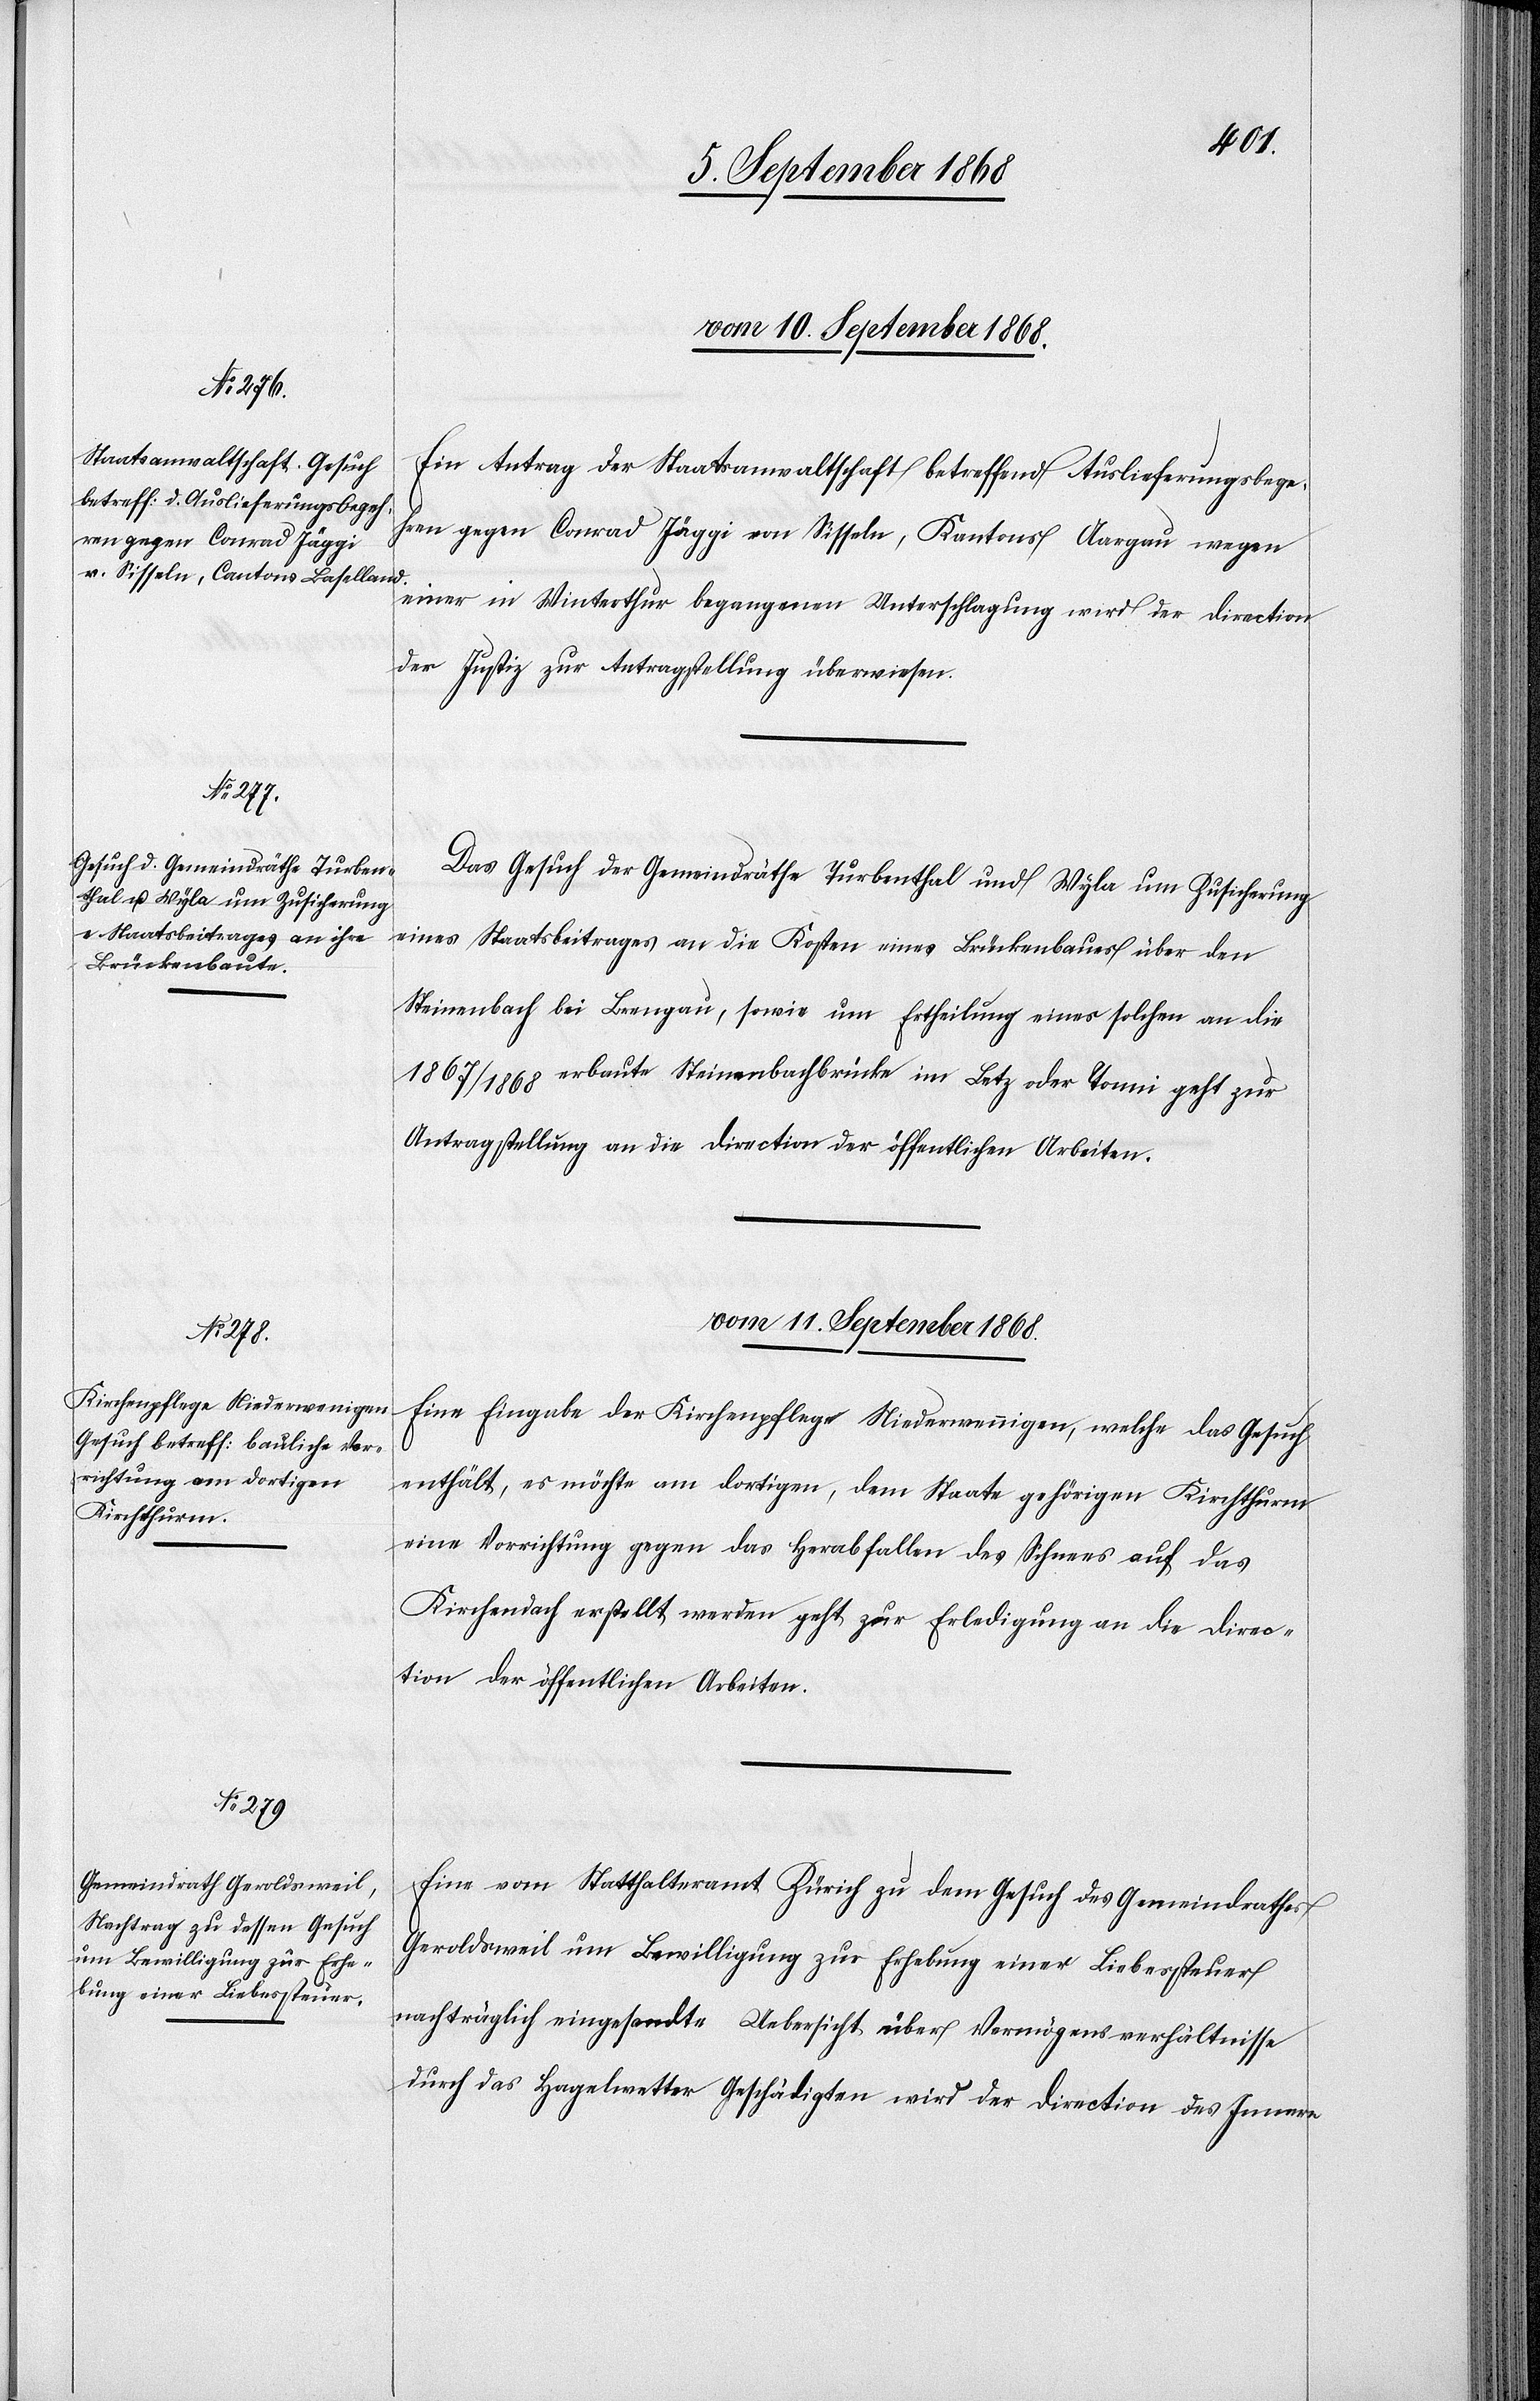
vom 10. September 1868.]
Ein Antrag der Staatsanwaltschaft betreffend Auslieferungsbege¬
hren gegen Conrad Jäggi von Sisseln, Kantons Aargau wegen
einer in Winterthur begangenen Unterschlagung wird der Direction
der Justiz zur Antragstellung überwiesen.
Das Gesuch der Gemeindräthe Turbenthal und Wyla um Zusicherung
eines Staatsbeitrages an die Kosten eines Brückenbaues über den
Steinenbach bei [?Been]gau, sowie um Ertheilung eines solchen an die
1867/1868 erbaute Steinenbachbrücke im [?L]etz oder Tonni geht zur
Antragstellung an die Direction der öffentlichen Arbeiten.
vom 11. September 1868.]
Eine Eingabe der Kirchenpflege Niederwennigen, welche das Gesuch
enthält, es möchte am dortigen, dem Staate gehörigen Kirchthurm
eine Vorrichtung gegen das Herabfallen des Schnees auf das
Kirchendach erstellt werden geht zur Erledigung an die Direc¬
tion der öffentlichen Arbeiten.
Eine vom Statthalteramt Zürich zu dem Gesuch des Gemeindrathes
Geroldsweil um Bewilligung zur Erhebung einer Liebessteuer
nachträglich eingesandte Uebersicht über [die] Vermögensverhältnisse
durch das Hagelwetter Geschädigten wird der Direction des Innern